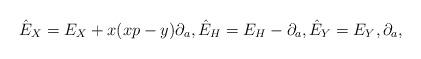
LaTeX: \begin{gather*}\hat E_X = E_X + x (x p - y) \partial_a , \hat E_H = E_H - \partial_a , \hat E_Y = E_Y , \partial_a ,\end{gather*}